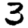
Digit: 3